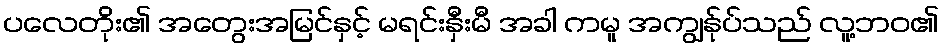
ပလေတိုး၏ အတွေးအမြင်နှင့် မရင်းနှီးမီ အခါ ကမူ အကျွန်ုပ်သည် လူ့ဘဝ၏